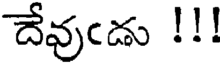
దేవుఁడు !!!